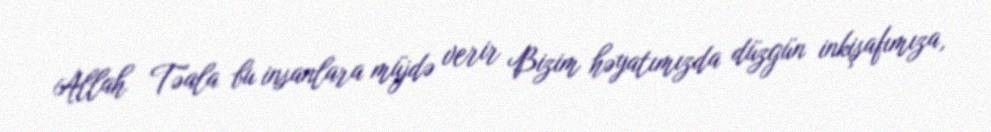
Allah Təala bu insanlara müjdə verir Bizim həyatımızda düzgün inkişafımıza,